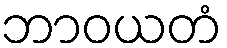
ဘာဝယတံ